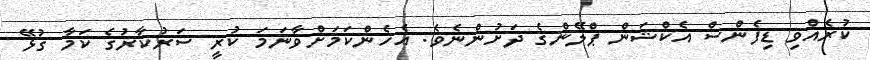
ކުރެއްވި ޑިފެންސް އެކްޝަން ޕްލޭންގެ ދަށުންނެވެ. އެހެންކަމަށްވާނަމަ ކުރީ ސަރުކާރުގެ ކަމާ ގުޅޭ